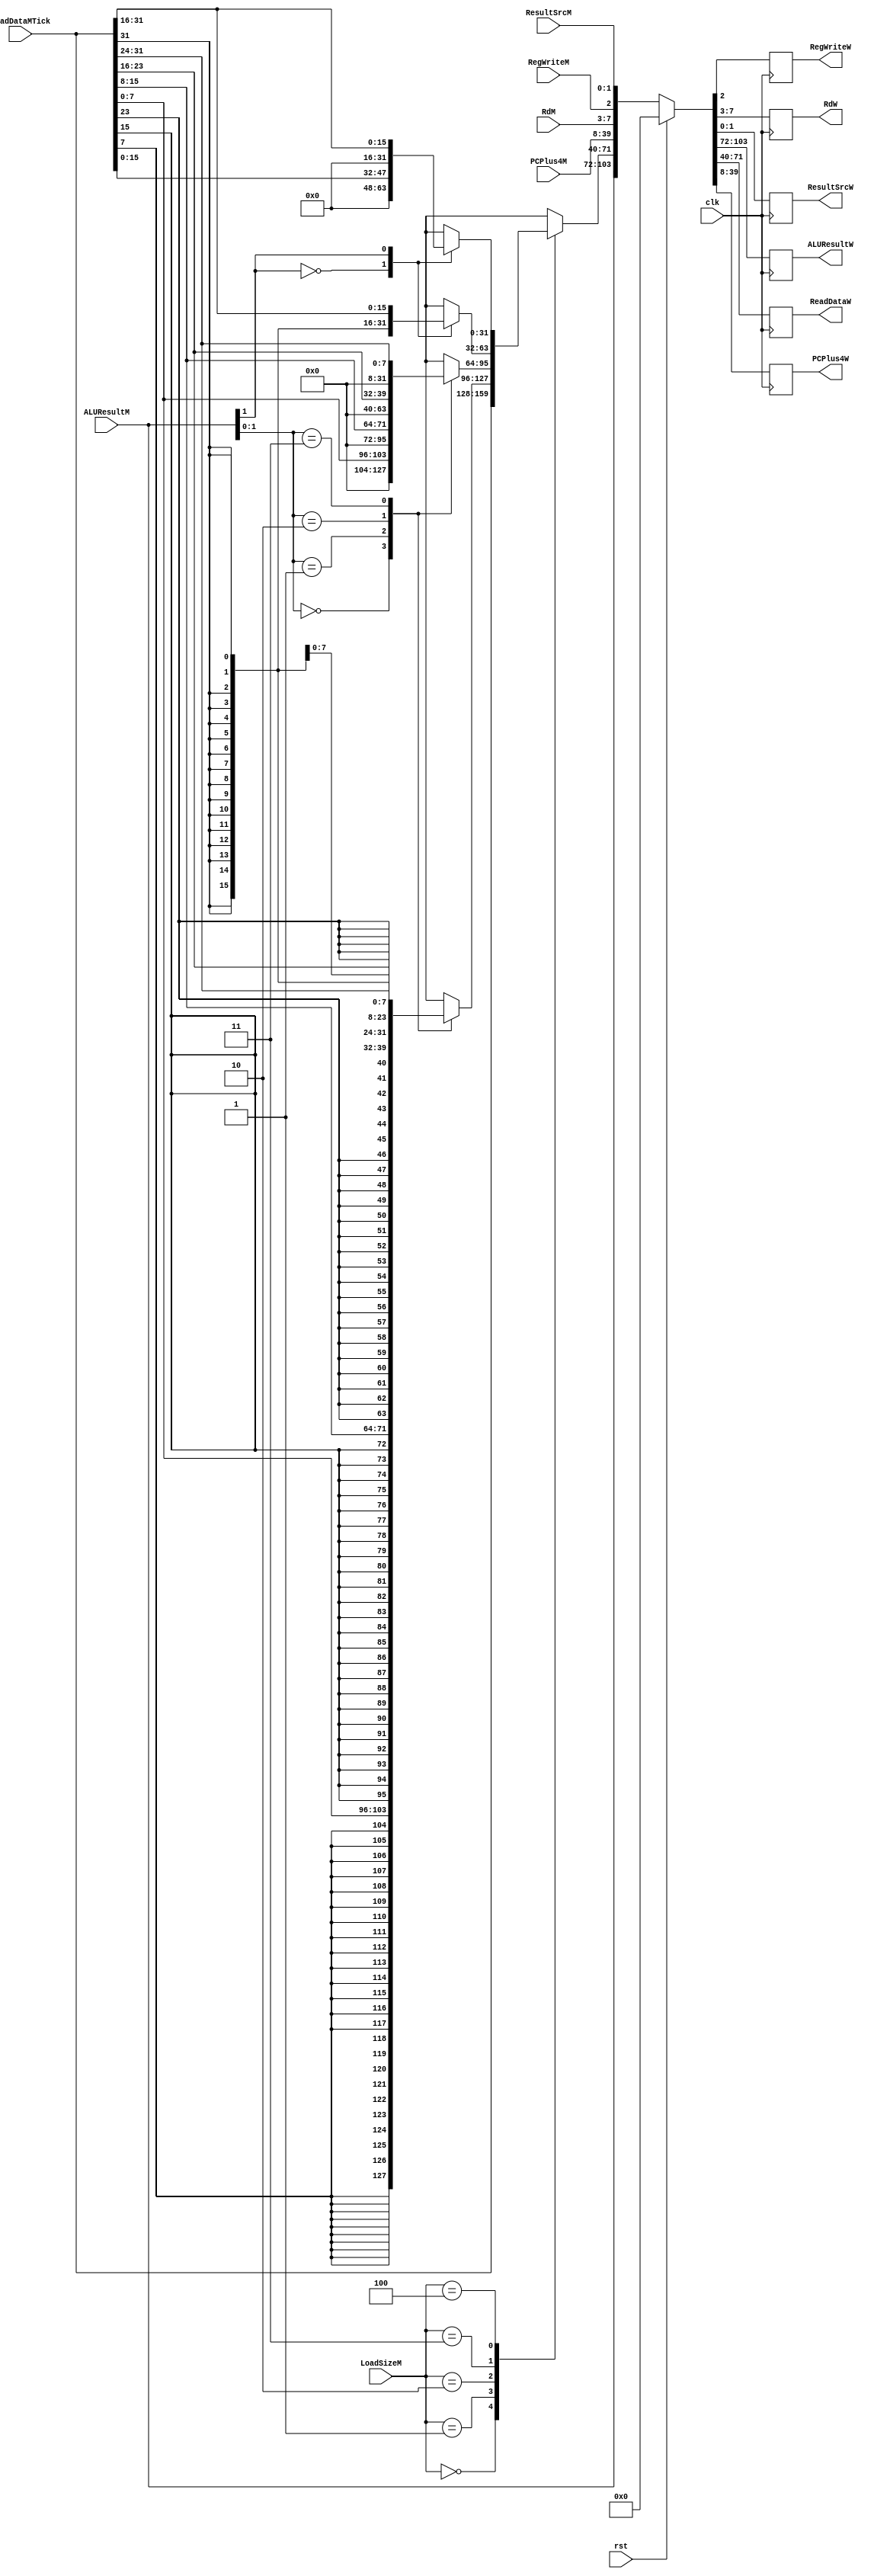
module dt1_DM_stage(
	input  clk,rst,
	//inputs from IE/DM register
		//control
	input 	   	    RegWriteM,
	input  [1:0] 	ResultSrcM,
	input  [2:0] 	LoadSizeM,
		//data
	input  [31:0] 	ALUResultM, PCPlus4M,
	input  [4:0]  	RdM,
	//input from data memory
	input  [31:0] 	ReadDataMTick,
	//outputs from DM/WB register
	
	//connects to decode stage
	output  		RegWriteW,
	//connects to hazard unit and decode stage
	output  [4:0] 	RdW,
	//connects to writeback stage
	output  [1:0] 	ResultSrcW,
	output  [31:0] ALUResultW, ReadDataW, PCPlus4W
);
	wire [31:0] ReadDataM;
	
	// get correct load data size
	always@(*) begin
		case (LoadSizeM)
			//lw
			3'b000:	ReadDataM = ReadDataMTick;
			//lb
			3'b001:	case(ALUResultM[1:0])
					2'b00: ReadDataM = { {24{ReadDataMTick[7]}}, ReadDataMTick[7:0] };
					2'b01: ReadDataM = { {24{ReadDataMTick[15]}}, ReadDataMTick[15:8] };
					2'b10: ReadDataM = { {24{ReadDataMTick[23]}}, ReadDataMTick[23:16] };
					2'b11: ReadDataM = { {24{ReadDataMTick[31]}}, ReadDataMTick[31:24] };
				endcase
			//lbu
			3'b010:	case(ALUResultM[1:0])
					2'b00: ReadDataM = { {24{1'b0}},ReadDataMTick[7:0] };
					2'b01: ReadDataM = { {24{1'b0}},ReadDataMTick[15:8] };
					2'b10: ReadDataM = { {24{1'b0}},ReadDataMTick[23:16] };
					2'b11: ReadDataM = { {24{1'b0}},ReadDataMTick[31:24] };
				endcase
			
			//lh
			3'b011: case(ALUResultM[1])
					1'b0: ReadDataM = { {16{ReadDataMTick[15]}},ReadDataMTick[15:0] };
					1'b1: ReadDataM = { {16{ReadDataMTick[31]}},ReadDataMTick[31:16] };
				endcase
			
			//lhu
			3'b100: case(ALUResultM[1])
					1'b0: ReadDataM = { {16{1'b0}},ReadDataMTick[15:0] };
					1'b1: ReadDataM = { {16{1'b0}},ReadDataMTick[31:16] };
				endcase
				
			default:ReadDataM = 32'bxxxx_xxxx_xxxx_xxxx_xxxx_xxxx_xxxx_xxxx;
		endcase
	end
	//data memory to writeback register
	always@(posedge clk) begin
		if(rst){ALUResultW, ReadDataW, PCPlus4W, RdW,RegWriteW, ResultSrcW} <= 0;
		else {ALUResultW, ReadDataW, PCPlus4W, RdW,RegWriteW, ResultSrcW} <= {ALUResultM, ReadDataM, PCPlus4M, RdM,RegWriteM, ResultSrcM};
	end
endmodule